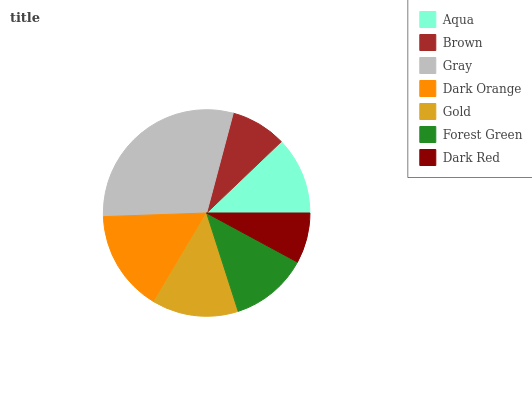
| Aqua | Brown | Gray | Dark Orange | Gold | Forest Green | Dark Red |
 | --- | --- | --- | --- | --- | --- | --- |
 | 12.1% | 8.72% | 29.7% | 15.9% | 13.5% | 12.2% | 7.87% |